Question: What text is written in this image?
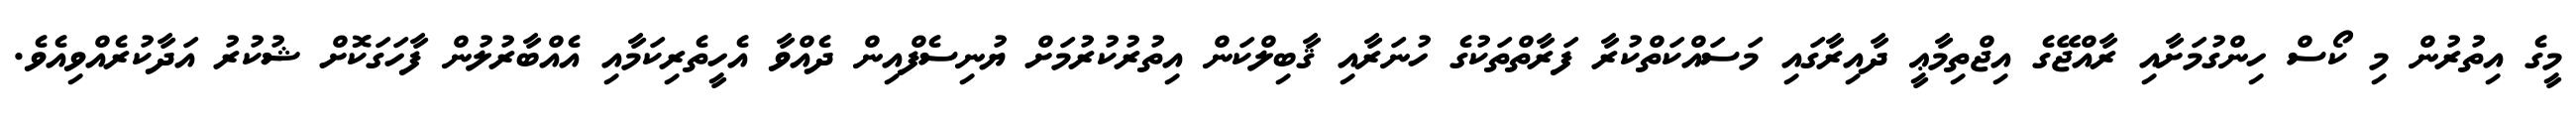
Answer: މީގެ އިތުރުން މި ކޯސް ހިންގުމަށާއި ރާއްޖޭގެ އިޖްތިމާޢީ ދާއިރާގައި މަސައްކަތްކުރާ ފަރާތްތަކުގެ ހުނަރާއި ޤާބިލްކަން އިތުރުކުރުމަށް ޔުނިސެފްއިން ދެއްވާ އެހީތެރިކަމާއި އެއްބާރުލުން ފާހަގަކޮށް ޝުކުރު އަދާކުރެއްވިއެވެ.